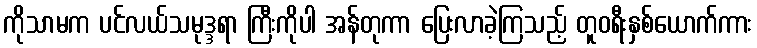
ကိုသာမက ပင်လယ်သမုဒ္ဒရာ ကြီးကိုပါ အန်တုကာ ပြေးလာခဲ့ကြသည့် တူဝရီးနှစ်ယောက်ကား